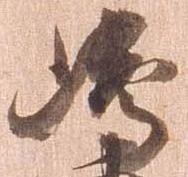
島